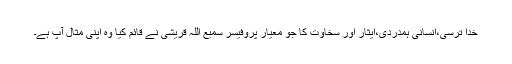
خدا ترسی،انسانی ہمدردی،ایثار اور سخاوت کا جو معیار پروفیسر سمیع اللہ قریشی نے قائم کیا وہ اپنی مثال آپ ہے۔